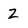
Character: Z